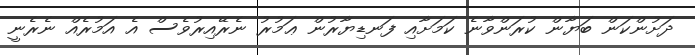
ދަށުންކަން ބަޔާން ކުރަންވާނެ ކަމަށާއި ފަނޑިޔާރުން ޢަމުރު ނެރޭއިރުވެސް އެ އަމުރެއް ނެރެނީ